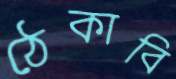
ঠেকাবি